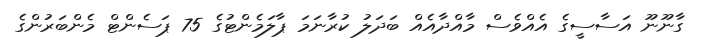
ގާނޫނޫ އަސާސީގެ އެއްވެސް މާއްދާއެއް ބަދަލު ކުރާނަމަ ޕާލަމެންޓުގެ 75 ޕަސެންޓް މެންބަރުންގެ